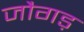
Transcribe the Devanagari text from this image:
जौगड़